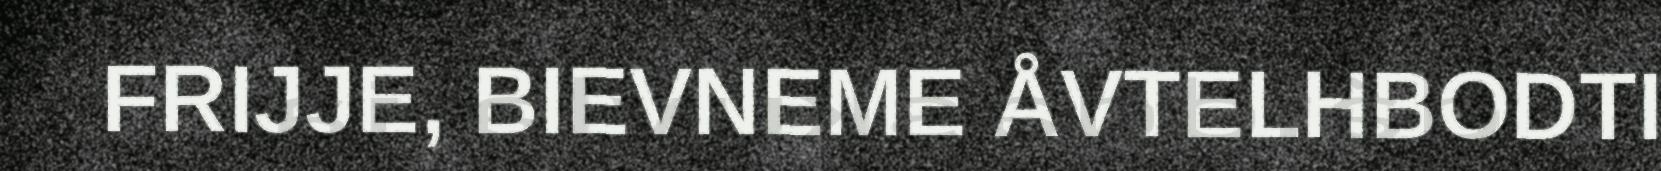
FRIJJE, BIEVNEME ÅVTELHBODTI